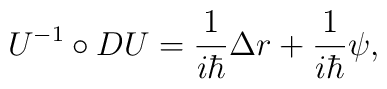
U^{-1}\circ DU=\frac 1{i\hbar }\Delta r+\frac 1{i\hbar }\psi ,